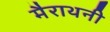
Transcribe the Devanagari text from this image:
मैराथनी